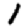
Digit: 1